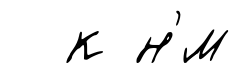
к н'́м